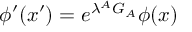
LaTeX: \phi ^ { \prime } ( x ^ { \prime } ) = e ^ { \lambda ^ { A } G _ { A } } \phi ( x )